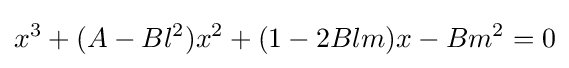
x^{3}+(A-Bl^{2})x^{2}+(1-2Blm)x-Bm^{2}=0